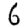
Digit: 6